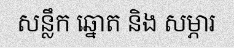
សន្លឹក ឆ្នោត និង សម្ភារ